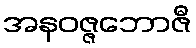
အနဝဇ္ဇဘောဇီ